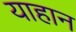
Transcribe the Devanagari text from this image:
याहान